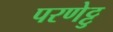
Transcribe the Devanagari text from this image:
परणेट्टु